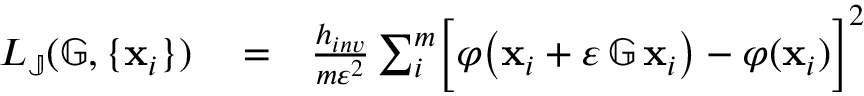
\begin{array} { r l r } { L _ { \mathbb { J } } ( \mathbb { G } , \{ \mathbf { x } _ { i } \} ) } & { { } = } & { \frac { h _ { i n v } } { m \varepsilon ^ { 2 } } \sum _ { i } ^ { m } \biggl [ \varphi \bigl ( \mathbf { x } _ { i } + \varepsilon \, \mathbb { G } \, \mathbf { x } _ { i } \bigr ) - \varphi ( \mathbf { x } _ { i } ) \biggr ] ^ { 2 } } \end{array}